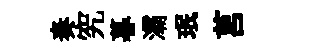
奏究暮灞珉莒